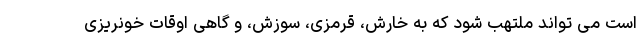
است می تواند ملتهب شود که به خارش، قرمزی، سوزش، و گاهی اوقات خونریزی